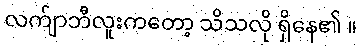
လက်ျာဘီလူးကတော့ သိသလို ရှိနေ၏ ။